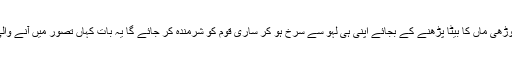
کسی بوڑھی ماں کا بیٹا پڑھنے کے بجائے اپنی ہی لہو سے سرخ ہو کر ساری قوم کو شرمندہ کر جائے گا یہ بات کہاں تصور میں آنے والی ہے؟